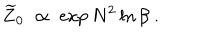
\widetilde { Z } _ { 0 } \; \propto \; \exp N ^ { 2 } \ln \beta \; .